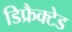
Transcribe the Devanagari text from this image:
डिफ्रैक्टेड